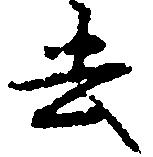
去